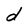
Character: d